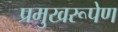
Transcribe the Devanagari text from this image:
प्रमुखरूपेण